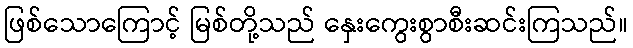
ဖြစ်သောကြောင့် မြစ်တို့သည် နှေးကွေးစွာစီးဆင်းကြသည်။